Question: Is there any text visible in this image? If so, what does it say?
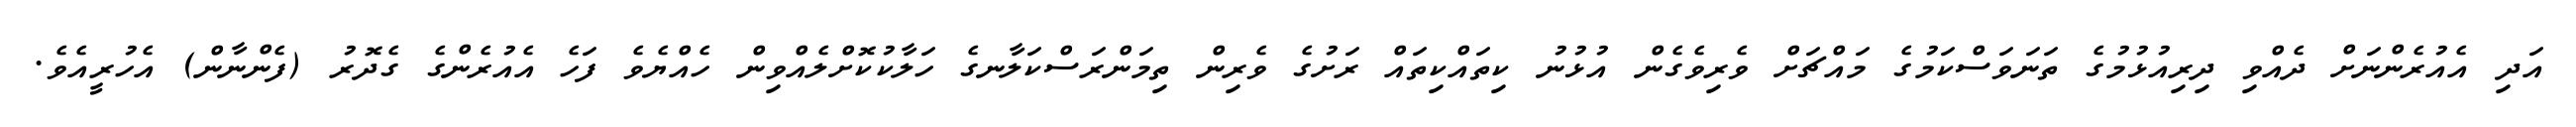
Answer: އަދި އެއުރެންނަށް ދެއްވި ދިރިއުޅުމުގެ ތަނަވަސްކަމުގެ މައްޗަށް ވެރިވެގެން އުޅުނު ކިތައްކިތައް ރަށުގެ ވެރިން ތިމަންރަސްކަލާނގެ ހަލާކުކޮށްލެއްވިން ހެއްޔެވެ ފަހެ އެއުރެންގެ ގެދޮރު (ފެންނާން) އެހުރީއެވެ.